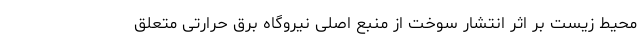
محیط زیست بر اثر انتشار سوخت از منبع اصلی نیروگاه برق حرارتی متعلق